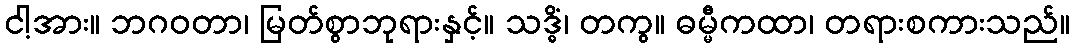
ငါ့အား။ ဘဂဝတာ၊ မြတ်စွာဘုရားနှင့်။ သဒ္ဓိံ၊ တကွ။ ဓမ္မီကထာ၊ တရားစကားသည်။